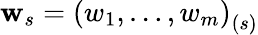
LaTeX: \mathbf{w}_{s}=\left(w_{1},\ldots,w_{m}\right)_{(s)}